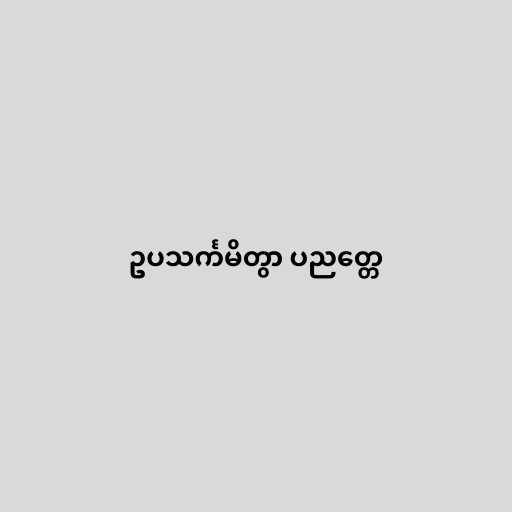
ဥပသင်္ကမိတွာ ပညတ္တေ